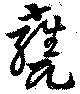
甕